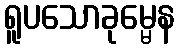
ရူပသောခုမ္မေန